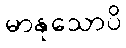
မာနုသောပိ